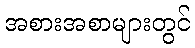
အစားအစာများတွင်